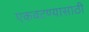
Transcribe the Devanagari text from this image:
एकवटण्यासाठी